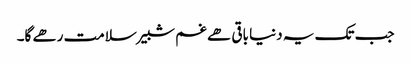
جب تک یہ دنیا باقی ھے غم شبیر سلامت رھے گا۔